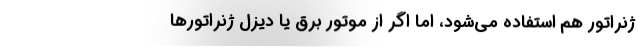
ژنراتور هم استفاده می‌شود، اما اگر از موتور برق یا دیزل ژنراتورها